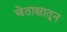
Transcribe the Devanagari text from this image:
चेताक्षातून